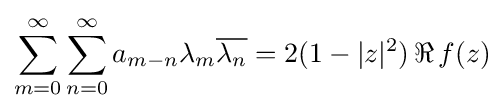
\sum _{m=0}^{\infty }\sum _{n=0}^{\infty }a_{m-n}\lambda _{m}{\overline {\lambda _{n}}}=2(1-|z|^{2})\,\Re \,f(z)